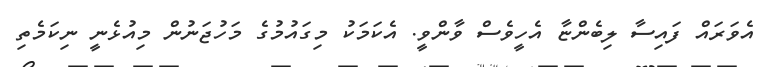
އެވަރައް ފައިސާ ލިބެންޏާ އެހީވެސް ވާންވީ. އެކަމަކު މިގައުމުގެ މަހުޖަނުން މިއުޅެނީ ނިކަމެތި